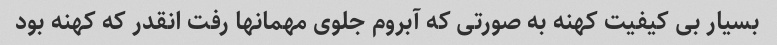
بسیار بی کیفیت کهنه به صورتی که آبروم جلوی مهمانها رفت انقدر که کهنه بود